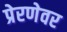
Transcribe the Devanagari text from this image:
प्रेरणेवर